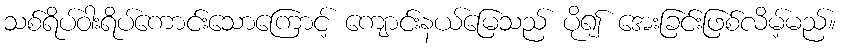
သစ်ရိပ်ဝါးရိပ်ကောင်းသောကြောင့် ကျောင်းနယ်မြေသည် ပို၍ အေးခြင်းဖြစ်လိမ့်မည်။